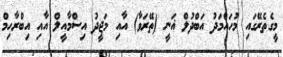
މީގެތެރޭގައި މުހައްމަދު އަބްދުލް ޣަނީ (ތޭރަވާ) އާއި މަޖީދު އިސްމާއީލް އާއި އިބްރާހިމް